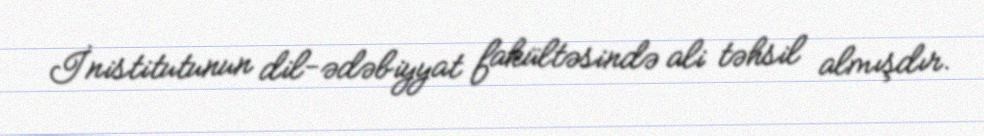
İnistitutunun dil-ədəbiyyat fakültəsində ali təhsil almışdır.